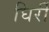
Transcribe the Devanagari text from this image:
घिर्री